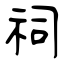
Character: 祠